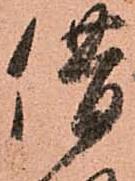
借